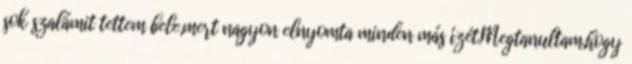
sok szalámit tettem bele,mert nagyon elnyomta minden más ízét.Megtanultam,hogy